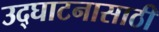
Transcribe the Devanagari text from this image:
उद्घाटनासाठी